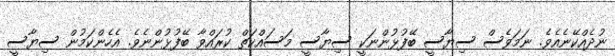
ނުދެއްކޭނެއެވެ. ނަމަވެސް ސިޔާސީ ބޭފުޅުންނަކީ ސިޔާސީ މަސައްކަތް ކުރައްވާ ބޭފުޅުންނެވެ. އެހެންކަމުން ސިޔާސީ